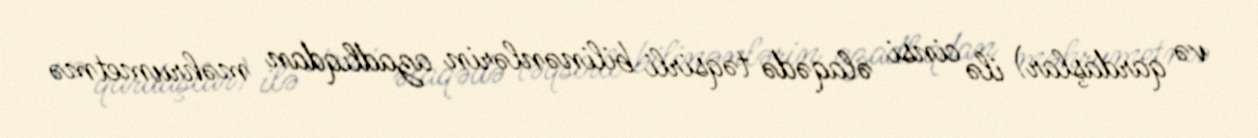
və qardaşlar) ilə cinsi əlaqədə təqsirli bilinənlərin azadlıqdan məhrumetmə